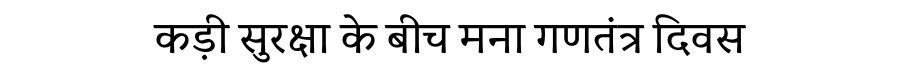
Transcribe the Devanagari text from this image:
कड़ी सुरक्षा के बीच मना गणतंत्र दिवस